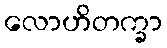
လောဟိတက္ခာ